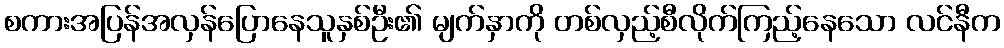
စကားအပြန်အလှန်ပြောနေသူနှစ်ဦး၏ မျက်နှာကို တစ်လှည့်စီလိုက်ကြည့်နေသော လင်နီက